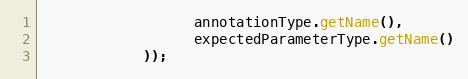
Language: Java
                  annotationType.getName(),
                  expectedParameterType.getName()
            ));